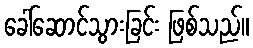
ခေါ်ဆောင်သွားခြင်း ဖြစ်သည်။